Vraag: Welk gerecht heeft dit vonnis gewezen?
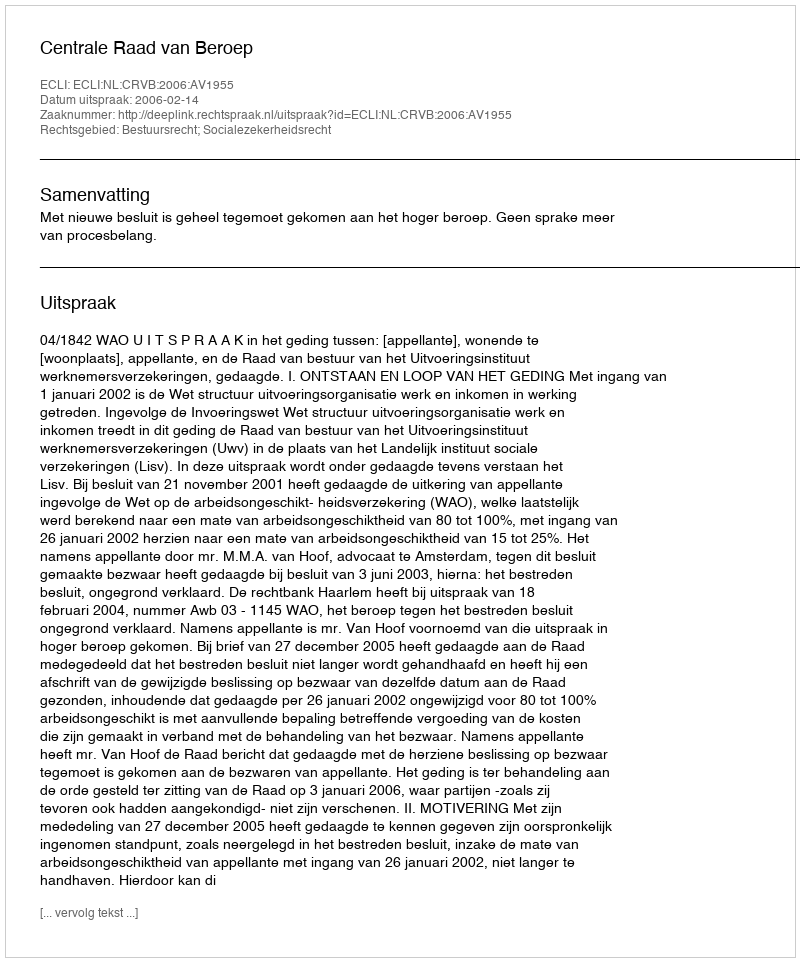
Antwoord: Centrale Raad van Beroep